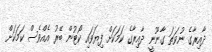
ދާއިރާގެ ނުވަތަ ގާނޫނީ ދާއިރާގެ ކަމަކަށް ފިޔަވައި ކޯޓުން ބޭރު އެއްވެސް ކަމަކަށް